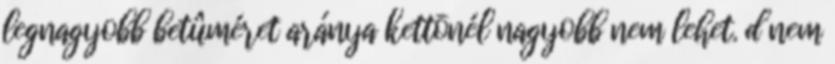
legnagyobb betûméret aránya kettõnél nagyobb nem lehet. d nem